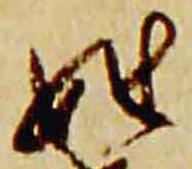
姓